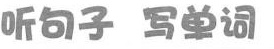
听句子 写单词